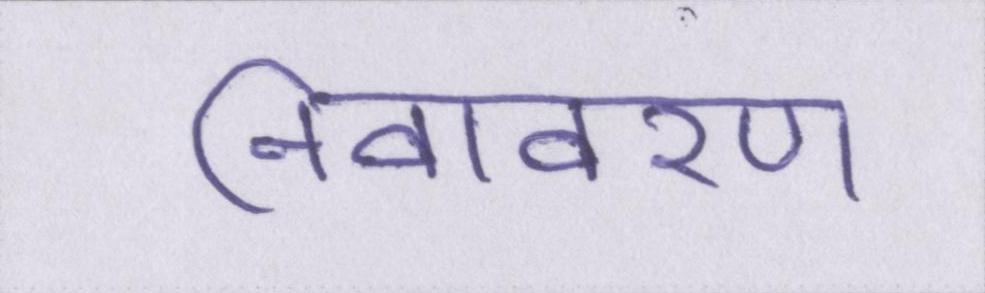
निवावरण